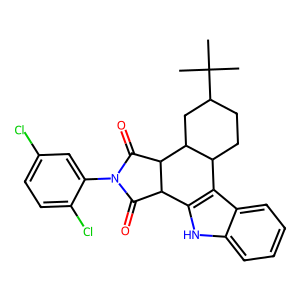
SMILES: CC(C)(C)C1CCC2c3c([nH]c4ccccc34)C3C(=O)N(c4cc(Cl)ccc4Cl)C(=O)C3C2C1
Inhibits HIV replication: No